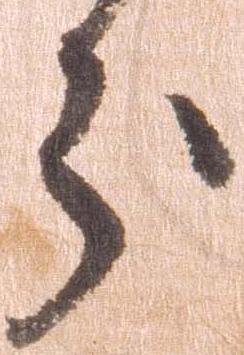
分